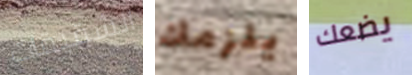
الشقيقات يلزمك يضعك